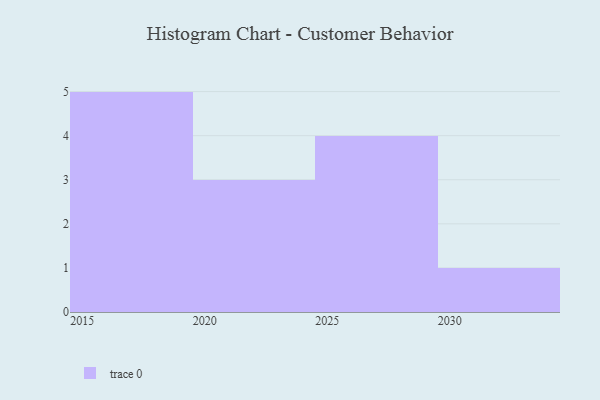
{"axis": {"x": "Year", "y": "Latency (ms)"}, "legend": [""], "data": [{"x": "2026", "y": 27, "type": ""}, {"x": "2015", "y": 12, "type": ""}, {"x": "2024", "y": 70, "type": ""}, {"x": "2017", "y": 18, "type": ""}, {"x": "2027", "y": 89, "type": ""}, {"x": "2030", "y": 11, "type": ""}, {"x": "2025", "y": 23, "type": ""}, {"x": "2020", "y": 63, "type": ""}, {"x": "2016", "y": 68, "type": ""}, {"x": "2029", "y": 12, "type": ""}, {"x": "2018", "y": 93, "type": ""}, {"x": "2023", "y": 20, "type": ""}, {"x": "2019", "y": 19, "type": ""}]}